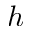
h